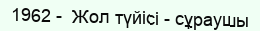
1962 -  Жол түйісі - сұраушы